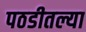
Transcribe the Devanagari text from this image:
पठडीतल्या